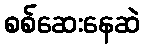
စစ်ဆေးနေဆဲ